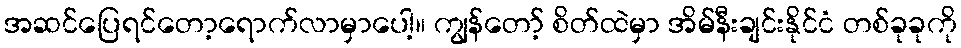
အဆင်ပြေရင်တော့ရောက်လာမှာပေါ့။ ကျွန်တော့် စိတ်ထဲမှာ အိမ်နီးချင်းနိုင်ငံ တစ်ခုခုကို